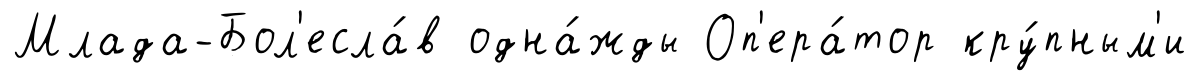
Млада-Бол'есла́в одна́жды Оп'ера́тор кру́пным'и